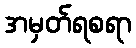
အမှတ်ရစရာ